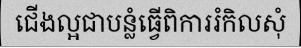
ជើងល្អជាបន្លំធ្វើពិការរំកិលសុំ